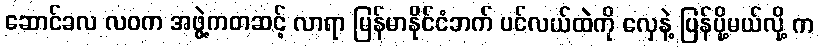
ဆောင်ခလ လဝက အဖွဲ့ကတဆင့် လာရာ မြန်မာနိုင်ငံဘက် ပင်လယ်ထဲကို လှေနဲ့ ပြန်ပို့မယ်လို့ က